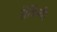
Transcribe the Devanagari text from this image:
सेविन्गी